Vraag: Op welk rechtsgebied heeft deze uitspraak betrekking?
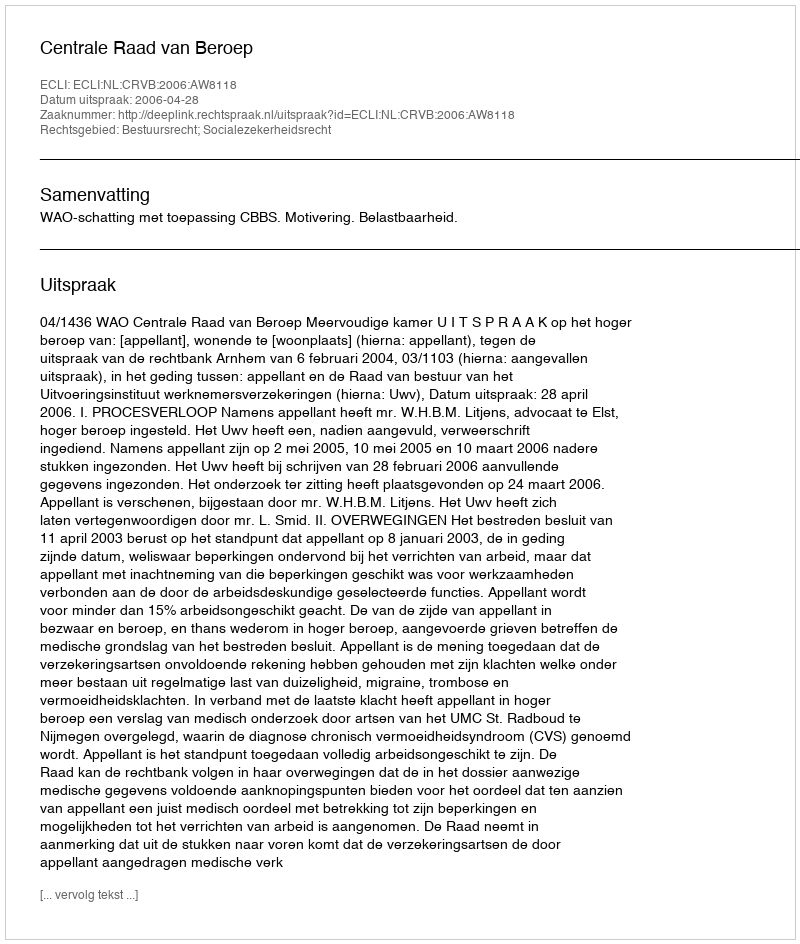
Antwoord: Bestuursrecht; Socialezekerheidsrecht